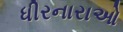
ધીરનારાઓ